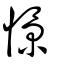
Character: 憬